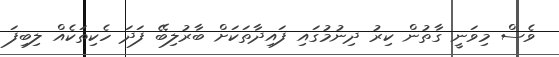
ވެސް މިވަނީ ގާތުން ކިރު ދިނުމުގައި ފައިދާތަކަށް ބާރުލިބޭ ފަދަ ހެކިތަކެއް ލިބިފަ